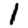
Digit: 1